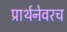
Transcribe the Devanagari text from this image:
प्रार्थनेवरच